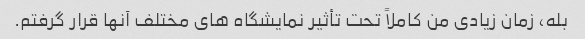
بله، زمان زیادی من کاملاً تحت تأثیر نمایشگاه های مختلف آنها قرار گرفتم.